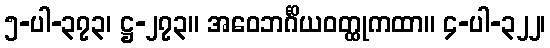
၅-ပါ-၃၇၃၊ ဋ္ဌ-၂၇၃။ အဝေဘင်္ဂိယဝတ္ထုကထာ။ ၄-ပါ-၃၂၂၊